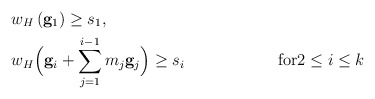
\begin{align*}& w_H \left( \mathbf{g}_1 \right) \geq s_1, \\& w_H \Bigl( \mathbf{g}_i + \sum_{j=1}^{i-1} m_j \mathbf{g}_j \Bigr) \geq s_i & \mbox{for} &2\leq i\leq k\end{align*}